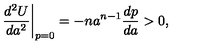
\biggl . \frac { d ^ { 2 } U } { d a ^ { 2 } } \biggr | _ { p = 0 } = - n a ^ { n - 1 } \frac { d p } { d a } > 0 ,